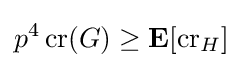
p^{4}\operatorname {cr} (G)\geq \mathbf {E} [\operatorname {cr} _{H}]